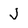
Character: J